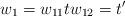
LaTeX: \begin{align*}w_1 = w_{11} t w_{12}=t'\end{align*}